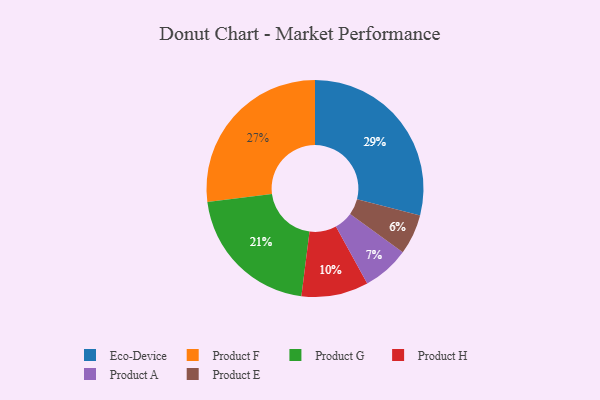
{"axis": {"x": "Category", "y": "Percentage"}, "legend": ["Eco-Device", "Product A", "Product E", "Product F", "Product G", "Product H"], "data": [{"x": "Product G", "y": 21, "type": "Product G"}, {"x": "Eco-Device", "y": 29, "type": "Eco-Device"}, {"x": "Product F", "y": 27, "type": "Product F"}, {"x": "Product H", "y": 10, "type": "Product H"}, {"x": "Product E", "y": 6, "type": "Product E"}, {"x": "Product A", "y": 7, "type": "Product A"}]}